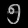
Digit: ၅